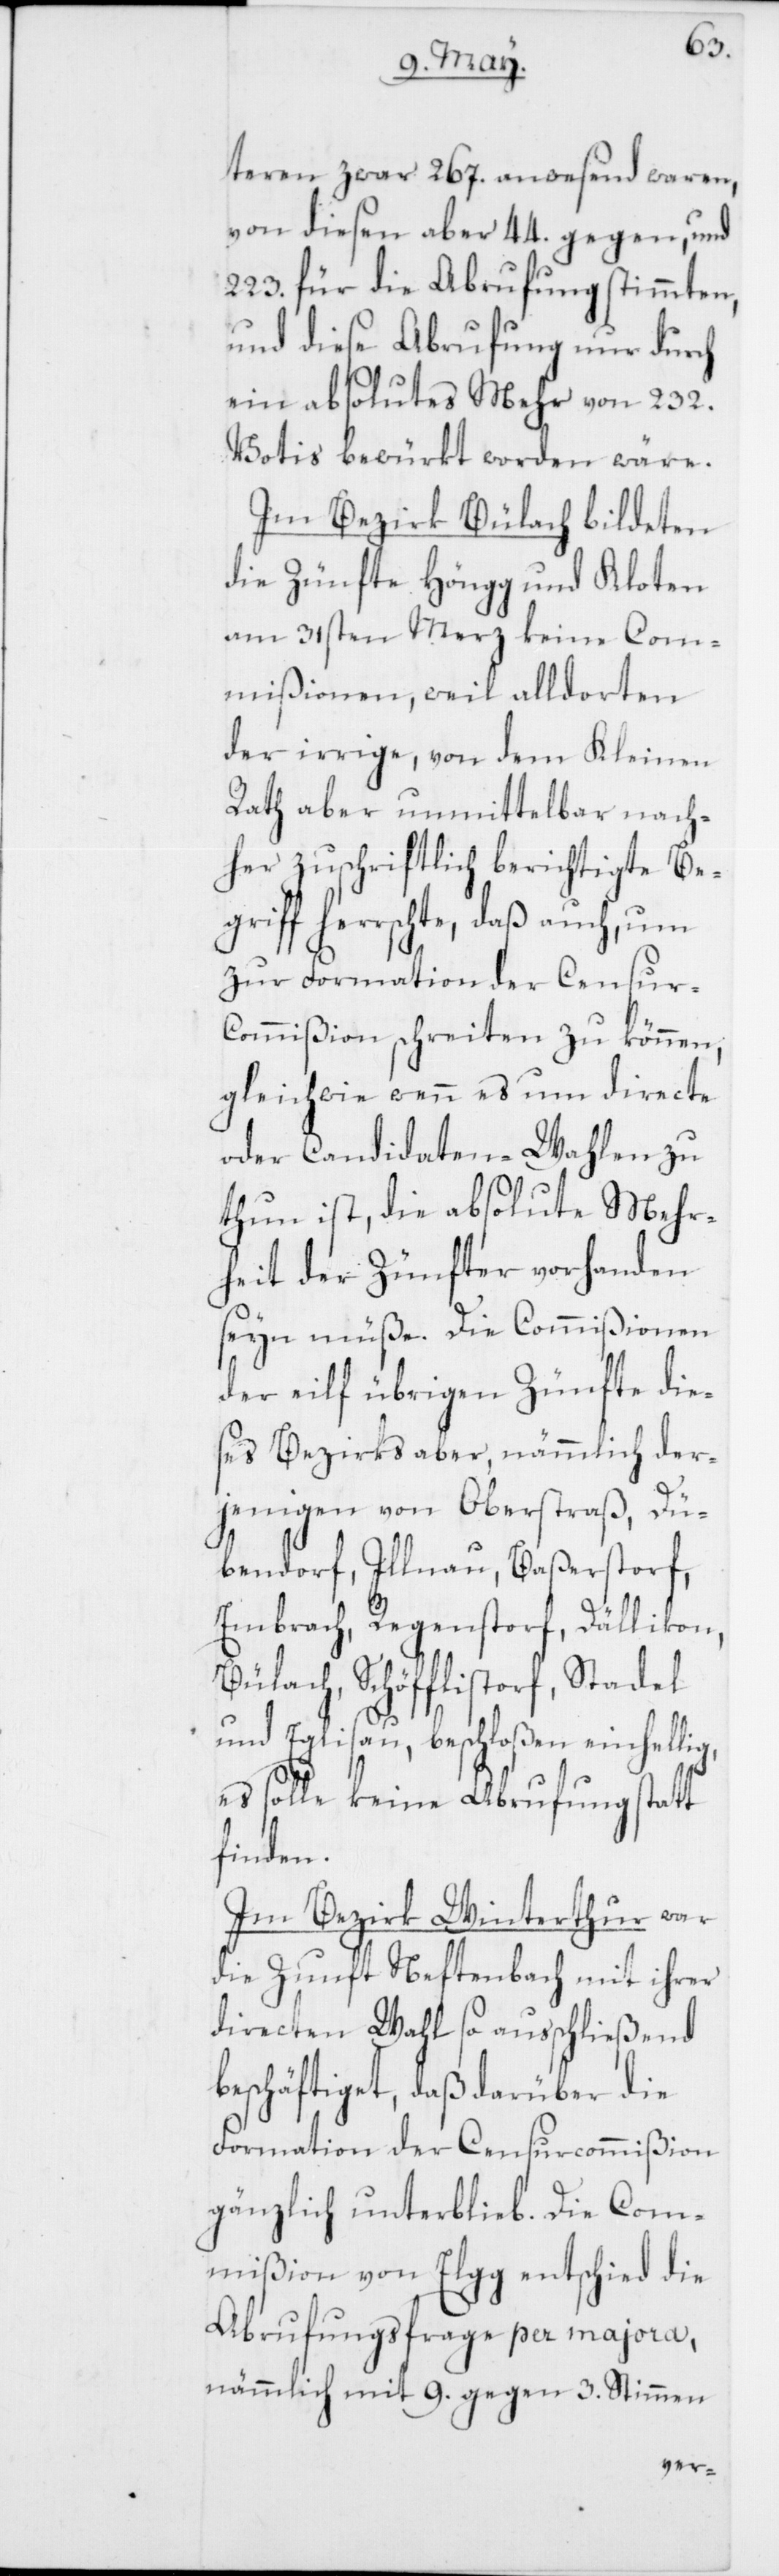
teren zwar 267. anwesend waren,
von diesen aber 44. gegen, und
223. für die Abrufung stimmten,
und diese Abrufung nur durch
ein absolutes Mehr von 232.
Votis bewürkt worden wäre.
Im Bezirk Bülach bildeten
die Zünfte Höngg und Kloten
am 31sten Merz keine Com¬
mißionen, weil alldorten
der irrige, von dem Kleinen
Rath aber unmittelbar nach¬
her zuschriftlich berichtigte Beg¬
riff herrschte, daß auch, um
zur Formation der Censu¬
r-Commißion schreiten zu können,
gleichwie wenn es um directe
oder Candidaten-Wahlen zu
thun ist, die absolute Mehr¬
heit der Zünfter vorhanden
seyn müße. Die Commißionen
der elf übrigen Zünfte die¬
ses Bezirks aber, nämmlich der¬
jenigen von Oberstraß, Dü¬
bendorf, Illnau, Baßerstorf,
Embrach, Regenstorf, Dällikon,
Bülach, Schöfflistorf, Stadel
und Eglisau, beschloßen einhellig,
es solle keine Abrufung statt
finden.
Im Bezirk Winterthur war
die Zunft Neftenbach mit ihrer
directen Wahl so ausschließend
beschäftiget, daß darüber die
Formation der Censurcommißion
gänzlich unterblieb. Die Com¬
mißion von Elgg entschied die
Abrufungsfrage per majora,
nämmlich mit 9. gegen 3. Stimmen